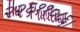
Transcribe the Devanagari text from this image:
२२६११०८६।